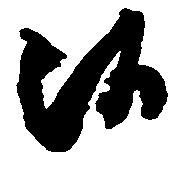
候